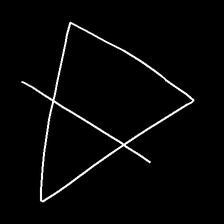
Glyph: empower